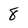
Character: 8